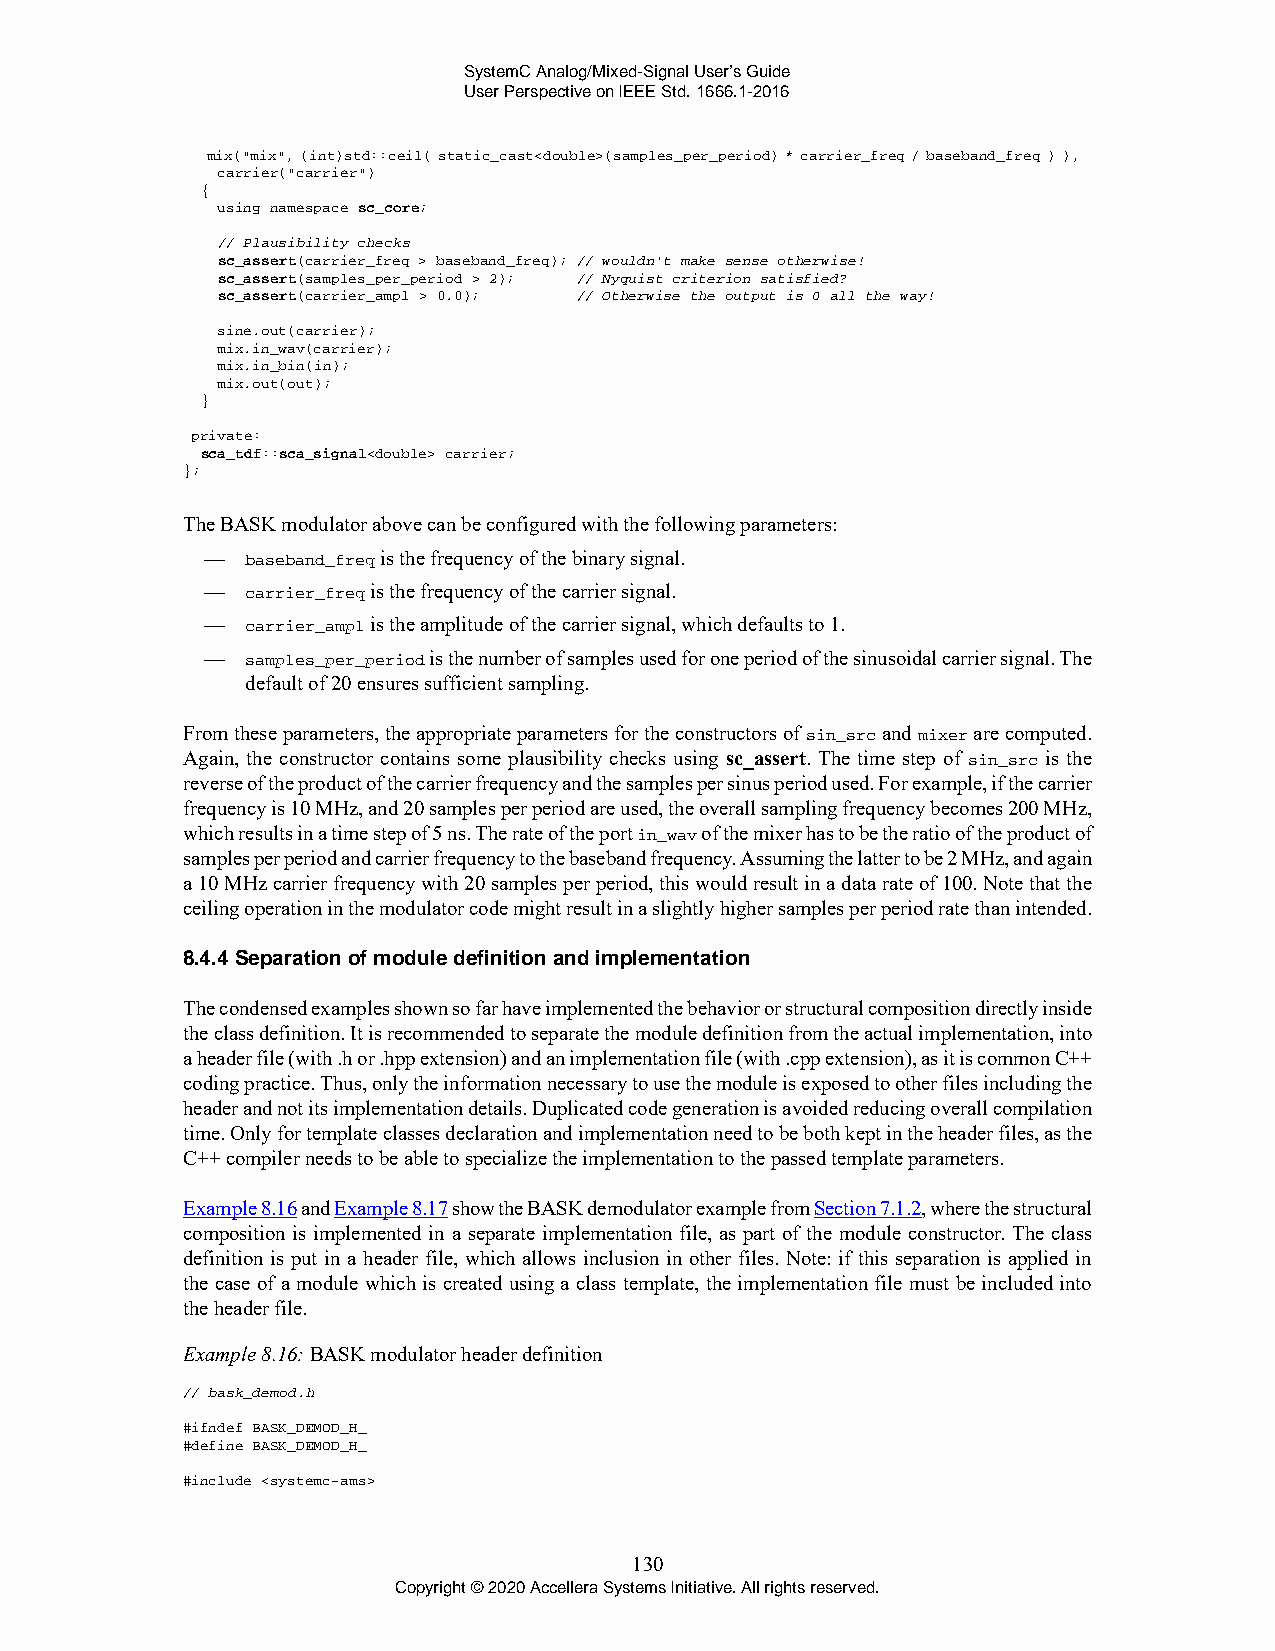
SystemC Analog/Mixed-Signal User’s Guide
 User Perspective on IEEE Std. 1666.1-2016
 mix("mix", (int)std::ceil( static_cast<double>(samples_per_period) * carrier_freq / baseband_freq ) ),
 carrier("carrier")
 {
 using namespace sc_core;
 // Plausibility checks
 sc_assert(carrier_freq > baseband_freq); // wouldn't make sense otherwise!
 sc_assert(samples_per_period > 2); // Nyquist criterion satisfied?
 sc_assert(carrier_ampl > 0.0); // Otherwise the output is 0 all the way!
 sine.out(carrier);
 mix.in_wav(carrier);
 mix.in_bin(in);
 mix.out(out);
 }
 private:
 sca_tdf::sca_signal<double> carrier;
 };
 The BASK modulator above can be configured with the following parameters:
 —  baseband_freq is the frequency of the binary signal.
 —  carrier_freq is the frequency of the carrier signal.
 —  carrier_ampl is the amplitude of the carrier signal, which defaults to 1.
 —  samples_per_period is the number of samples used for one period of the sinusoidal carrier signal. The
 default of 20 ensures sufficient sampling.
 From these parameters, the appropriate parameters for the constructors of sin_src and mixer are computed.
 Again, the constructor contains some plausibility checks using sc_assert. The time step of sin_src is the
 reverse of the product of the carrier frequency and the samples per sinus period used. For example, if the carrier
 frequency is 10 MHz, and 20 samples per period are used, the overall sampling frequency becomes 200 MHz,
 which results in a time step of 5 ns. The rate of the port in_wav of the mixer has to be the ratio of the product of
 samples per period and carrier frequency to the baseband frequency. Assuming the latter to be 2 MHz, and again
 a 10 MHz carrier frequency with 20 samples per period, this would result in a data rate of 100. Note that the
 ceiling operation in the modulator code might result in a slightly higher samples per period rate than intended.
 8.4.4 Separation of module definition and implementation
 The condensed examples shown so far have implemented the behavior or structural composition directly inside
 the class definition. It is recommended to separate the module definition from the actual implementation, into
 a header file (with .h or .hpp extension) and an implementation file (with .cpp extension), as it is common C++
 coding practice. Thus, only the information necessary to use the module is exposed to other files including the
 header and not its implementation details. Duplicated code generation is avoided reducing overall compilation
 time. Only for template classes declaration and implementation need to be both kept in the header files, as the
 C++ compiler needs to be able to specialize the implementation to the passed template parameters.
 Example 8.16 and Example 8.17 show the BASK demodulator example from Section 7.1.2, where the structural
 composition is implemented in a separate implementation file, as part of the module constructor. The class
 definition is put in a header file, which allows inclusion in other files. Note: if this separation is applied in
 the case of a module which is created using a class template, the implementation file must be included into
 the header file.
 Example 8.16: BASK modulator header definition
 // bask_demod.h
 #ifndef BASK_DEMOD_H_
 #define BASK_DEMOD_H_
 #include <systemc-ams>
 130
 Copyright © 2020 Accellera Systems Initiative. All rights reserved.